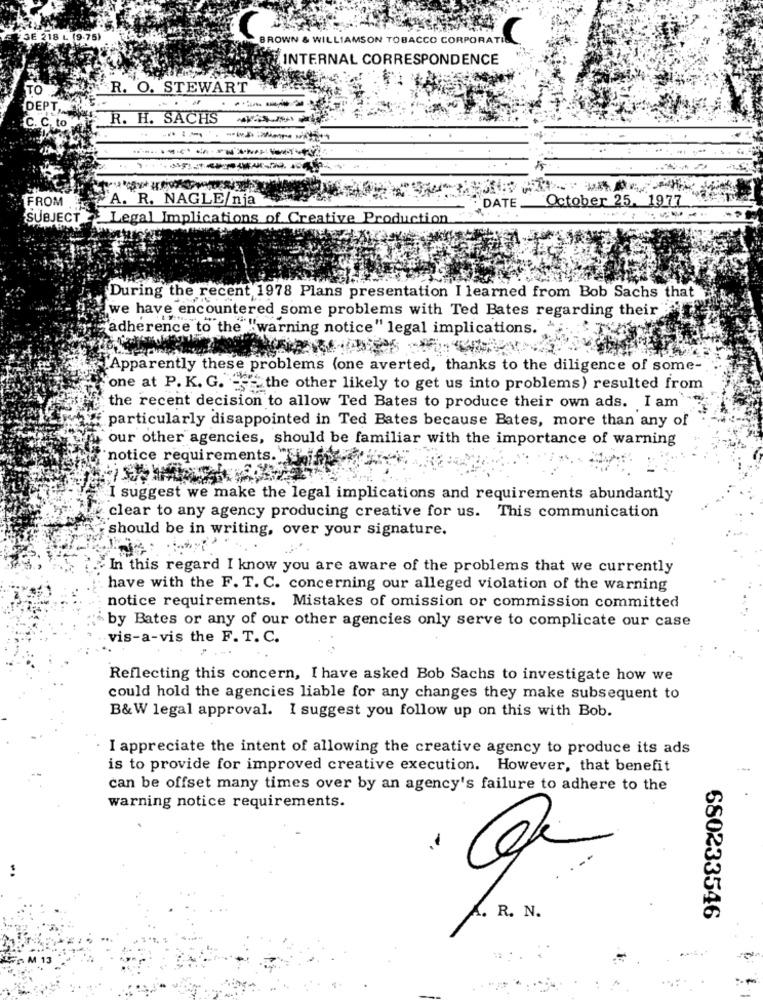
DE 218 L (9.75)
BROWN & WILLIAMSON TOBACCO CORPORATIL
INTERNAL CORRESPONDENCE
R. O. STEWART
DEPT,
R. H. SACHS
C. C. to
FROM .
A. R. NAGLE/nia
October 25. 1977
DATE.
SUBJECT Legal Implications of Creative Production
During the recent 1978 Plans presentation I learned from Bob Sachs that
we have encountered some problems with Ted Bates regarding their
"adherence to the "warning notice" legal implications.
Apparently these problems (one averted, thanks to the diligence of some-
one at P. K. G. - the other likely to get us into problems) resulted from
the recent decision to allow Ted Bates to produce their own ads. I am
particularly disappointed in Ted Bates because Bates, more than any of
our other agencies, should be familiar with the importance of warning
notice requirements."
I suggest we make the legal implications and requirements abundantly
clear to any agency producing creative for us. This communication
should be in writing, over your signature.
In this regard I know you are aware of the problems that we currently
. have with the F. T. C. concerning our alleged violation of the warning
notice requirements. Mistakes of omission or commission committed
by Bates or any of our other agencies only serve to complicate our case
vis-a-vis the F. T. C.
Reflecting this concern, I have asked Bob Sachs to investigate how we
could hold the agencies liable for any changes they make subsequent to
B&W legal approval. I suggest you follow up on this with Bob.
I appreciate the intent of allowing the creative agency to produce its ads
is to provide for improved creative execution. However, that benefit
can be offset many times over by an agency's failure to adhere to the
warning notice requirements.
A. R. N.
680233546